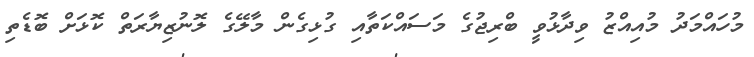
މުހައްމަދު މުއިއްޒު ވިދާޅުވީ ބްރިޖުގެ މަސައްކަތާއި ގުޅިގެން މާލޭގެ ލޮނުޒިޔާރަތް ކޮޅަށް ބޮޑެތި